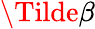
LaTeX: \Tilde{\beta}